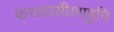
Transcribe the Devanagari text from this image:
करायासी।पाहुनि